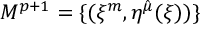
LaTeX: { \cal M } ^ { p + 1 } = \{ ( \xi ^ { m } , \eta ^ { \hat { \mu } } ( \xi ) ) \}